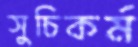
সুচিকর্ম